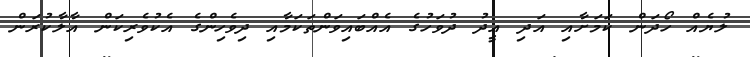
ލުޔެއް ހޯދަން ކަމަށާއި އަދި އީދު ދުވަހުގެ އެއްބައިވަންތަކަމާއި ދިވެހިންގެ އެކުވެރިކަން އާލާކުރަން